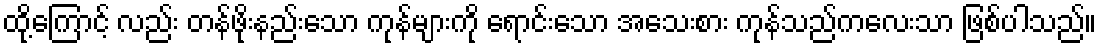
ထို့ကြောင့် လည်း တန်ဖိုးနည်းသော ကုန်များကို ရောင်းသော အသေးစား ကုန်သည်ကလေးသာ ဖြစ်ပါသည်။